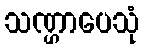
သဏ္ဌာပေသုံ